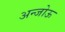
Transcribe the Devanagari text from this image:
अन्जोऊ